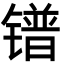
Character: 镨